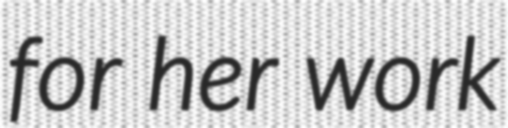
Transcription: for her work